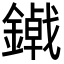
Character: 𮣃